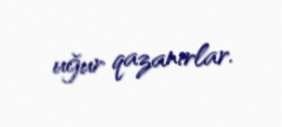
uğur qazanırlar.